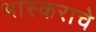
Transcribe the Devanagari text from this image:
भास्कराचे